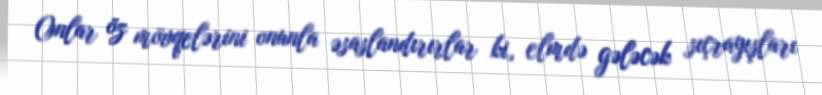
Onlar öz mövqelərini onunla əsaslandırırlar ki, elmdə gələcək sıçrayışları